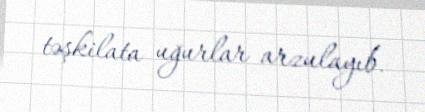
təşkilata uğurlar arzulayıb.